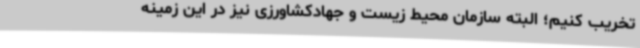
تخریب کنیم؛ البته سازمان محیط زیست و جهادکشاورزی نیز در این زمینه